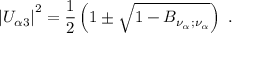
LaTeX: \left| U _ { \alpha 3 } \right| ^ { 2 } = { \frac { 1 } { 2 } } \left( 1 \pm \sqrt { 1 - B _ { \nu _ { \alpha } ; \nu _ { \alpha } } } \right) \; .